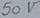
Text: 50V